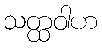
သတ္ထဝါဟ